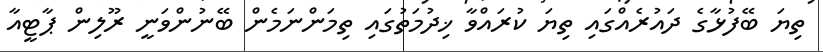
ތިޔަ ބޭފުޅާގެ ދައުރެއްގައި ތިޔަ ކުރައްވާ ޚިދުމަތުގައި ތިމަންނަމެން ބޭނުންވަނީ ރޫލިން ޕާޓީއާ